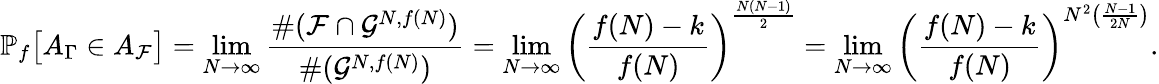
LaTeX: \mathbb{P}_{f}\big[A_{\Gamma}\in A_{\mathcal{F}}\big]=\operatorname*{lim}_{N\rightarrow\infty}\frac{\# (\mathcal{F}\cap\mathcal G^{N,f(N)})}{\# (\mathcal{G}^{N,f(N)})}=\operatorname*{lim}_{N\rightarrow\infty}\left(\frac{f(N)-k}{f(N)}\right)^{\frac{N(N-1)}{2}}=\operatorname*{lim}_{N\rightarrow\infty}\left(\frac{f(N)-k}{f(N)}\right)^{N^{2}\left(\frac{N-1}{2N}\right)}.